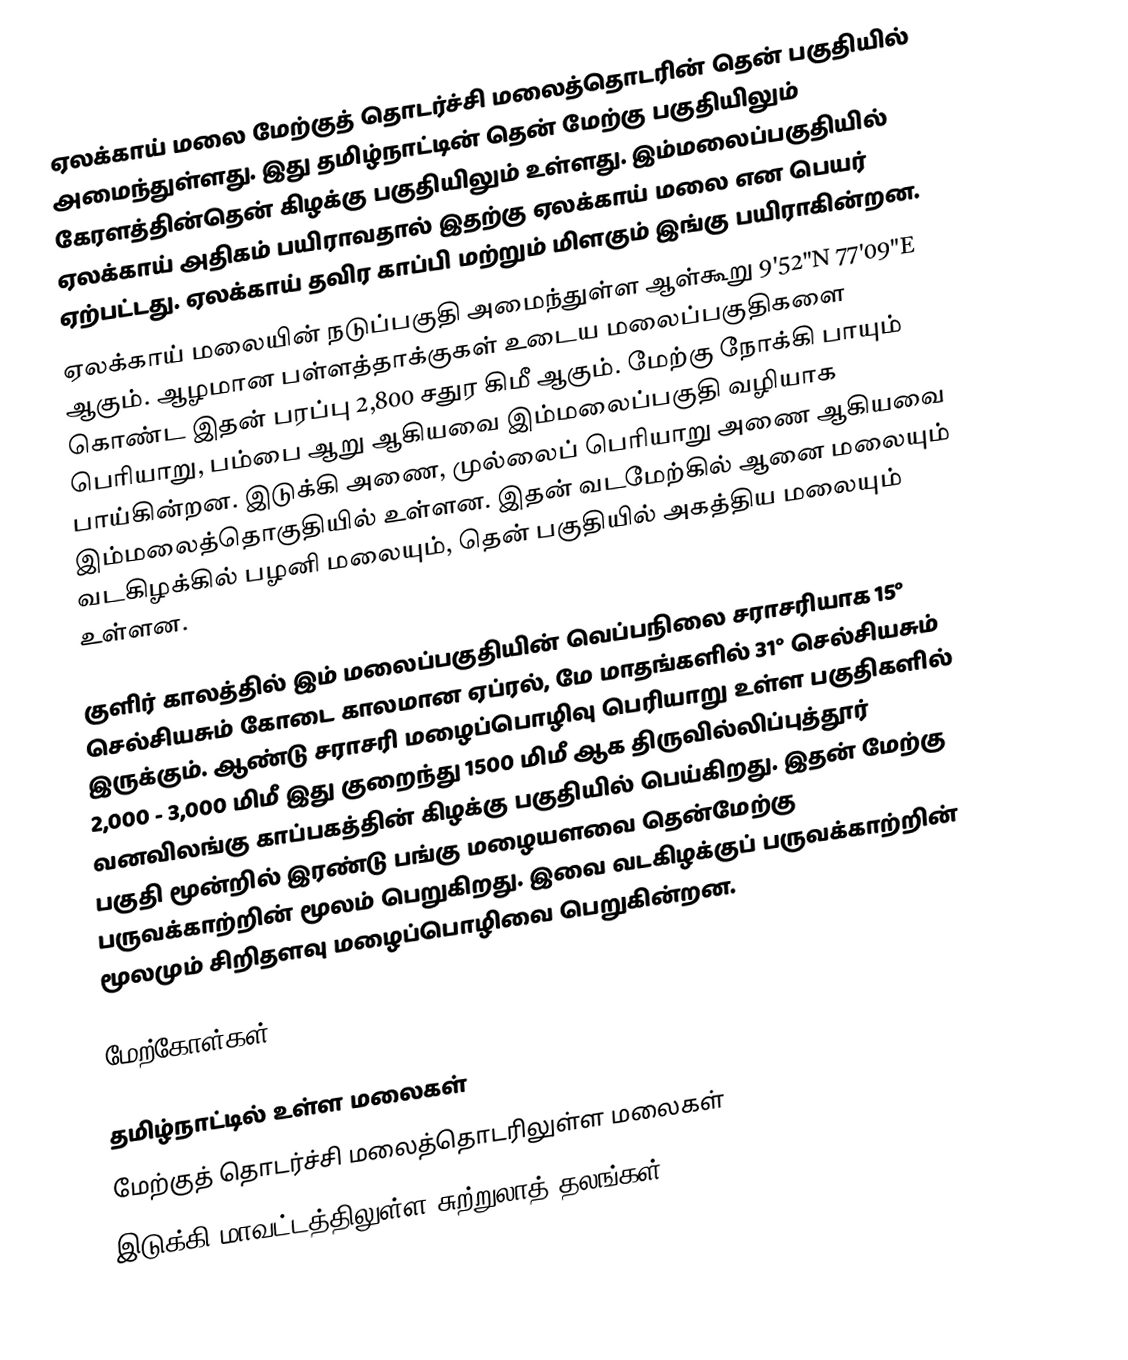
ஏலக்காய் மலை மேற்குத் தொடர்ச்சி மலைத்தொடரின் தென் பகுதியில் அமைந்துள்ளது. இது தமிழ்நாட்டின் தென் மேற்கு பகுதியிலும் கேரளத்தின்தென் கிழக்கு பகுதியிலும் உள்ளது. இம்மலைப்பகுதியில் ஏலக்காய் அதிகம் பயிராவதால் இதற்கு ஏலக்காய் மலை என பெயர் ஏற்பட்டது. ஏலக்காய் தவிர காப்பி மற்றும் மிளகும் இங்கு பயிராகின்றன.
ஏலக்காய் மலையின் நடுப்பகுதி அமைந்துள்ள ஆள்கூறு 9'52"N 77'09"E ஆகும். ஆழமான பள்ளத்தாக்குகள் உடைய மலைப்பகுதிகளை கொண்ட இதன் பரப்பு 2,800 சதுர கிமீ ஆகும். மேற்கு நோக்கி பாயும் பெரியாறு, பம்பை ஆறு ஆகியவை இம்மலைப்பகுதி வழியாக பாய்கின்றன. இடுக்கி அணை, முல்லைப் பெரியாறு அணை ஆகியவை இம்மலைத்தொகுதியில் உள்ளன. இதன் வடமேற்கில் ஆனை மலையும் வடகிழக்கில் பழனி மலையும், தென் பகுதியில் அகத்திய மலையும் உள்ளன.

குளிர் காலத்தில் இம் மலைப்பகுதியின் வெப்பநிலை சராசரியாக 15° செல்சியசும் கோடை காலமான ஏப்ரல், மே மாதங்களில் 31° செல்சியசும் இருக்கும். ஆண்டு சராசரி மழைப்பொழிவு பெரியாறு உள்ள பகுதிகளில் 2,000 - 3,000 மிமீ இது குறைந்து 1500 மிமீ ஆக திருவில்லிப்புத்தூர் வனவிலங்கு காப்பகத்தின் கிழக்கு பகுதியில் பெய்கிறது. இதன் மேற்கு பகுதி மூன்றில் இரண்டு பங்கு மழையளவை தென்மேற்கு பருவக்காற்றின் மூலம் பெறுகிறது. இவை வடகிழக்குப் பருவக்காற்றின் மூலமும் சிறிதளவு மழைப்பொழிவை பெறுகின்றன.

மேற்கோள்கள்

தமிழ்நாட்டில் உள்ள மலைகள்
மேற்குத் தொடர்ச்சி மலைத்தொடரிலுள்ள மலைகள்
இடுக்கி மாவட்டத்திலுள்ள சுற்றுலாத் தலங்கள்